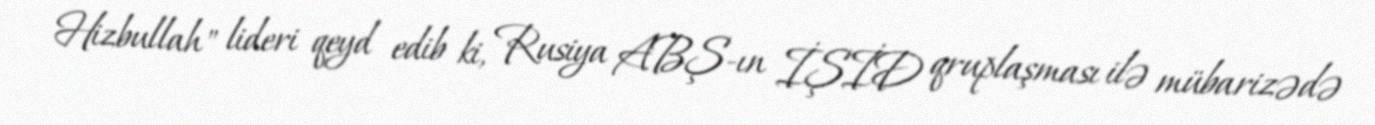
Hizbullah" lideri qeyd edib ki, Rusiya ABŞ-ın İŞİD qruplaşması ilə mübarizədə